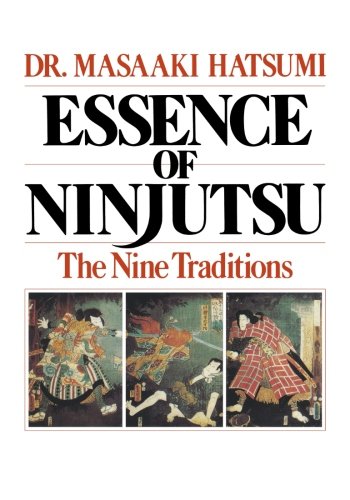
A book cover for Essence of Ninjutsu; Masaaki Hatsumi; Sports & Outdoors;